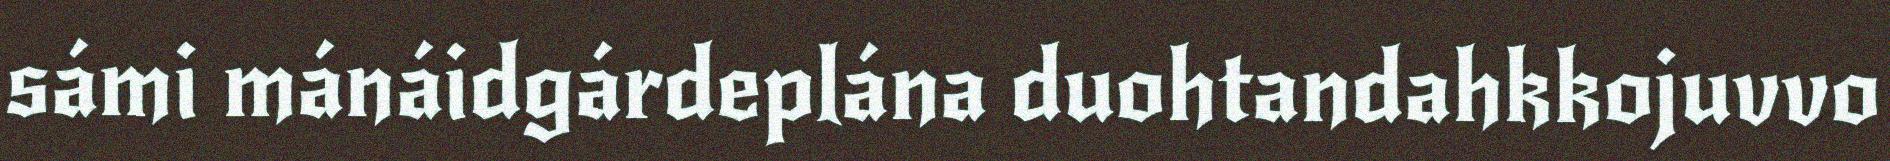
sámi mánáidgárdeplána duohtandahkkojuvvo